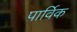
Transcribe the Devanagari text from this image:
पार्विक